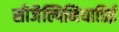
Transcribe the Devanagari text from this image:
सीजैल्पिनियाडिई